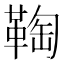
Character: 𩋃